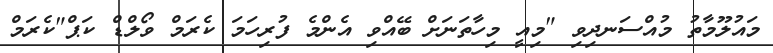
މައުލޫމާތު މުއްސަނދިވި "މިއީ މިހާތަނަށް ބޭއްވި އެންމެ ފުރިހަމަ ކެރަމް ވޯލްޑް ކަޕް"ކެރަމް